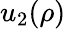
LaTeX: u_{2}(\rho)